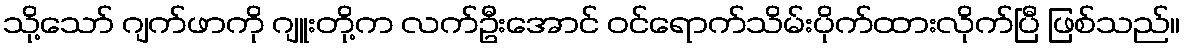
သို့သော် ဂျက်ဖာကို ဂျူးတို့က လက်ဦးအောင် ဝင်ရောက်သိမ်းပိုက်ထားလိုက်ပြီ ဖြစ်သည်။